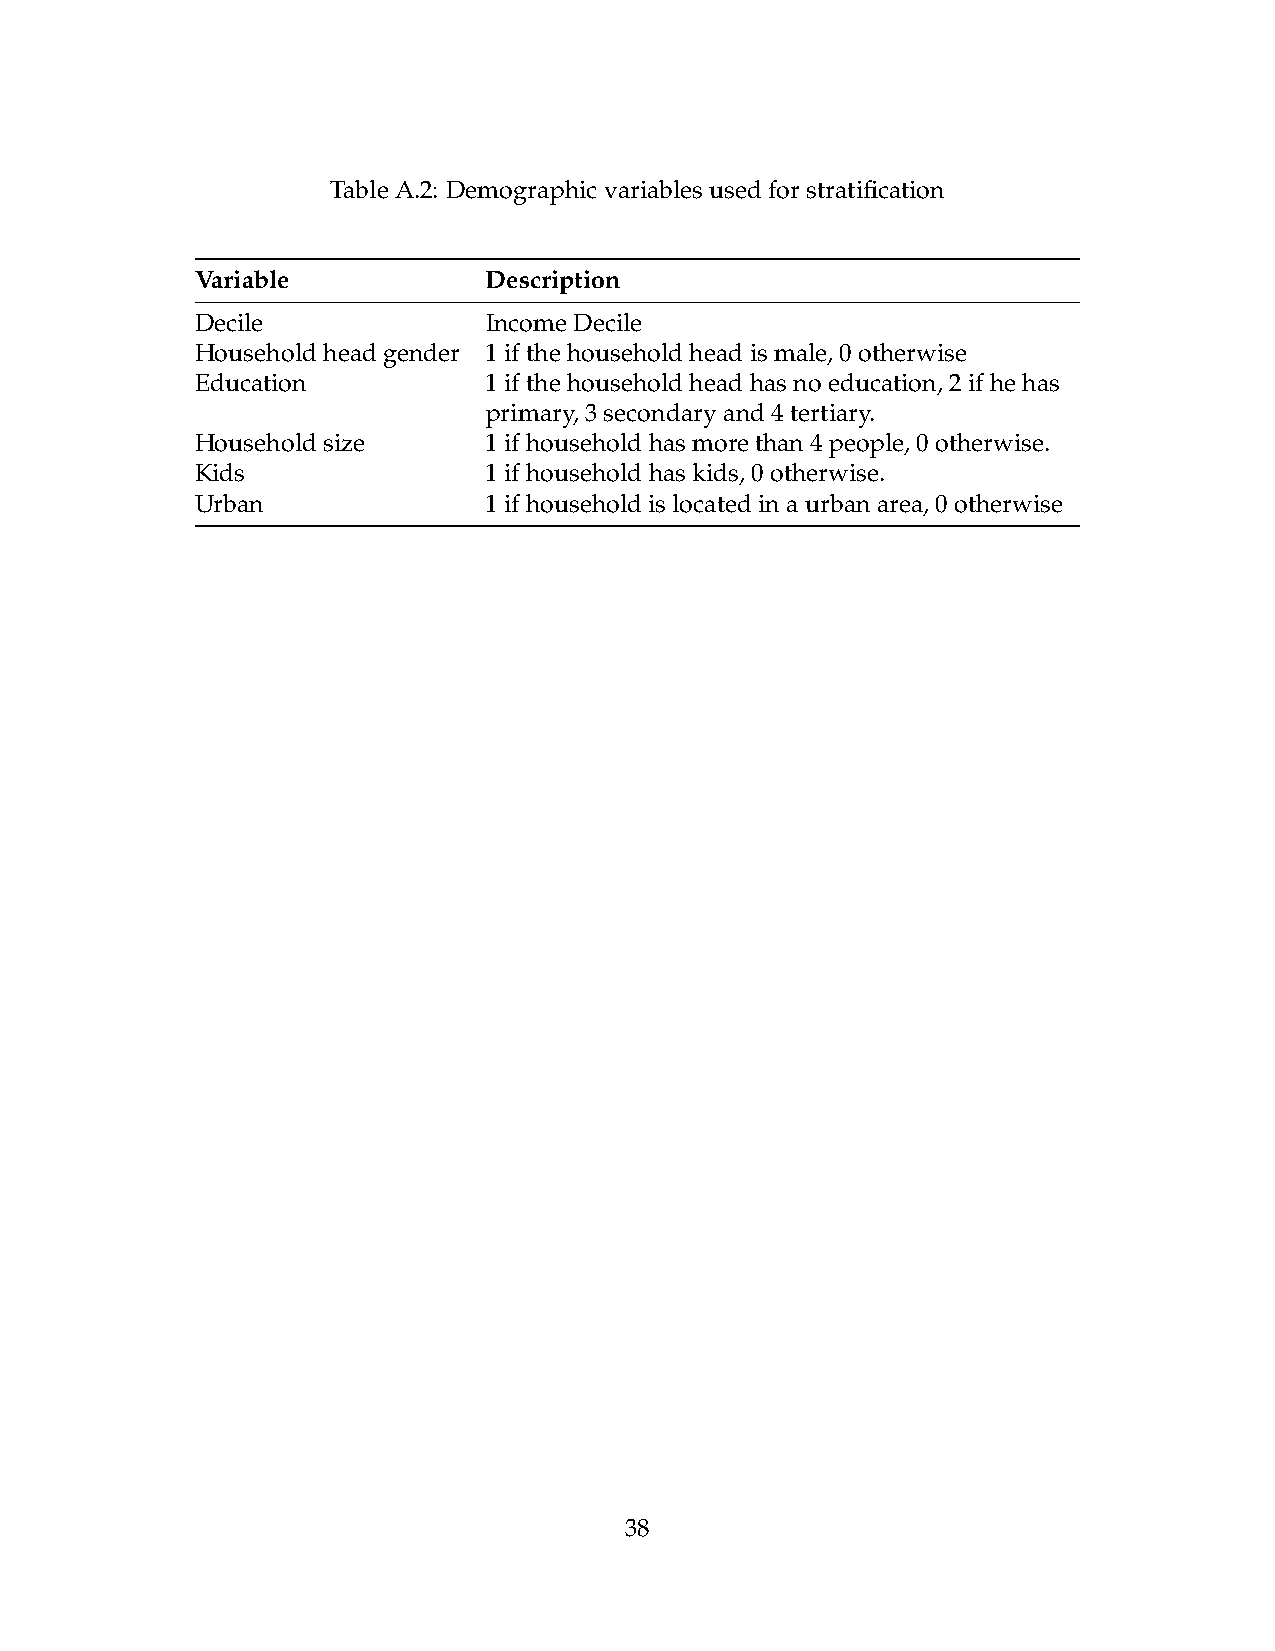
TableA.2: Demographicvariablesusedforstratification
 Variable           Description
 Decile             IncomeDecile
 Householdheadgender 1ifthehouseholdheadismale,0otherwise
 Education          1ifthehouseholdheadhasnoeducation,2ifhehas
 primary,3secondaryand4tertiary.
 Householdsize      1ifhouseholdhasmorethan4people,0otherwise.
 Kids               1ifhouseholdhaskids,0otherwise.
 Urban              1ifhouseholdislocatedinaurbanarea,0otherwise
 38